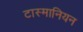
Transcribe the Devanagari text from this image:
टास्मानियन